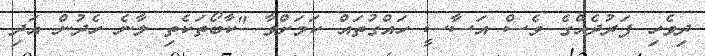
ދިވެހި ފަރުދެއްގެ ވެސް އަސާސީ ހައްގުތައް ކަމަށްވާ "ކާބޯތަކެތި ލާނެ ހެދުން އަދި